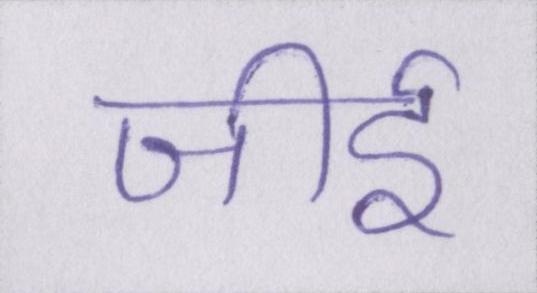
जीर्इ